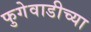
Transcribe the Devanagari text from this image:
फुगेवाडीच्या